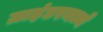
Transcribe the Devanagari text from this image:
ग्राइंडरमध्ये